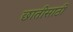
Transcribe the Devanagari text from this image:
छातीसाठी